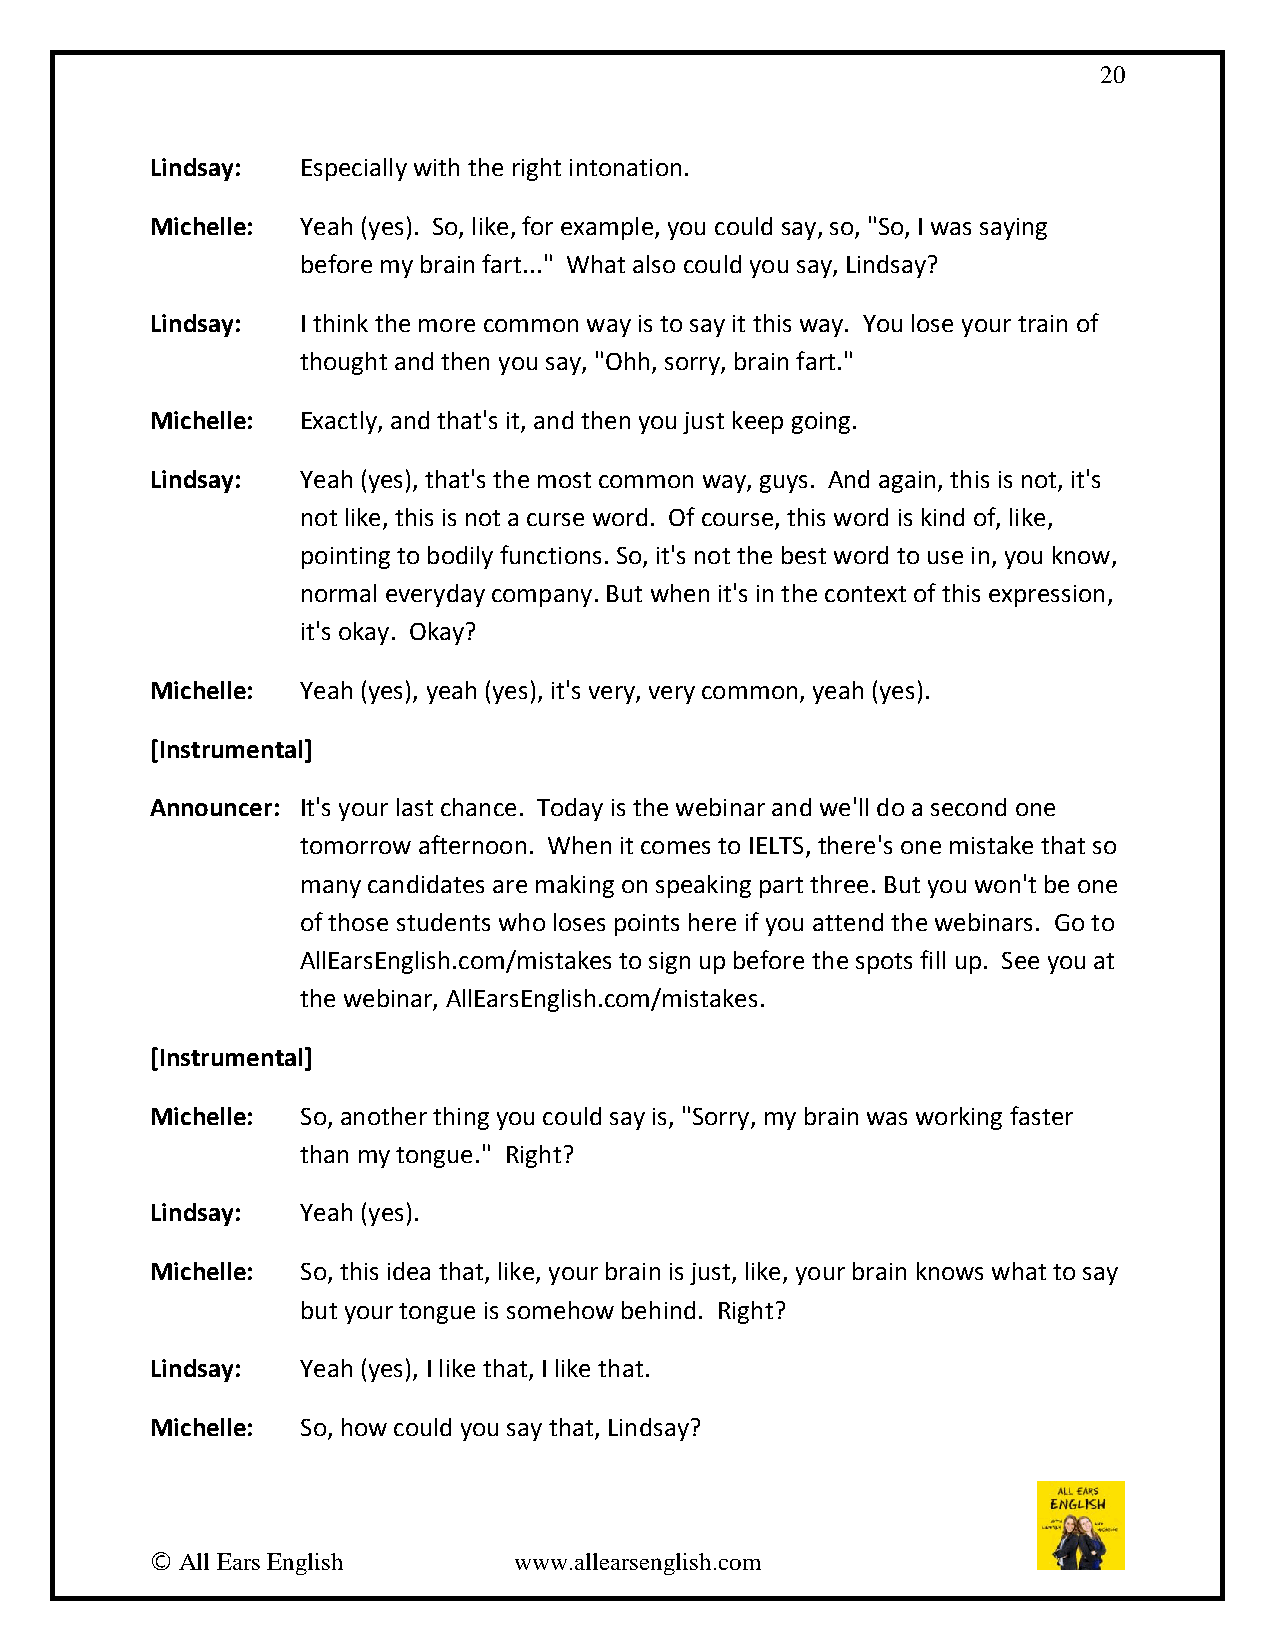
20
 Lindsay:  Especially with the right intonation.
 Michelle: Yeah (yes). So, like, for example, you could say, so, "So, I was saying
 before my brain fart..." What also could you say, Lindsay?
 Lindsay:  I think the more common way is to say it this way. You lose your train of
 thought and then you say, "Ohh, sorry, brain fart."
 Michelle: Exactly, and that's it, and then you just keep going.
 Lindsay:  Yeah (yes), that's the most common way, guys. And again, this is not, it's
 not like, this is not a curse word. Of course, this word is kind of, like,
 pointing to bodily functions. So, it's not the best word to use in, you know,
 normal everyday company. But when it's in the context of this expression,
 it's okay. Okay?
 Michelle: Yeah (yes), yeah (yes), it's very, very common, yeah (yes).
 [Instrumental]
 Announcer: It's your last chance. Today is the webinar and we'll do a second one
 tomorrow afternoon. When it comes to IELTS, there's one mistake that so
 many candidates are making on speaking part three. But you won't be one
 of those students who loses points here if you attend the webinars. Go to
 AllEarsEnglish.com/mistakes to sign up before the spots fill up. See you at
 the webinar, AllEarsEnglish.com/mistakes.
 [Instrumental]
 Michelle: So, another thing you could say is, "Sorry, my brain was working faster
 than my tongue." Right?
 Lindsay:  Yeah (yes).
 Michelle: So, this idea that, like, your brain is just, like, your brain knows what to say
 but your tongue is somehow behind. Right?
 Lindsay:  Yeah (yes), I like that, I like that.
 Michelle: So, how could you say that, Lindsay?
 © All Ears English      www.allearsenglish.com